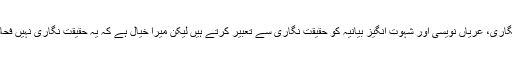
کچھ لوگ فحش نگاری، عریاں نویسی اور شہوت انگیز بیانیہ کو حقیقت نگاری سے تعبیر کرتے ہیں لیکن میرا خیال ہے کہ یہ حقیقت نگاری نہیں فحاشی کا فروغ ہے۔